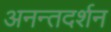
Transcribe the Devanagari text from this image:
अनन्तदर्शन